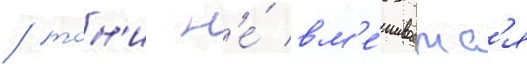
/ тон'и н'е́ вм'е́шиваетс'я